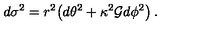
d \sigma ^ { 2 } = r ^ { 2 } { \bigl ( } d \theta ^ { 2 } + \kappa ^ { 2 } { \cal { G } } d \phi ^ { 2 } { \bigr ) } \: .